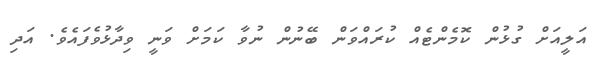
އަލީއަށް ގުޅުން ކޮމެންޓެއް ކުރައްވަން ބޭނުން ނުވާ ކަމަށް ވަނީ ވިދާޅުވެފައެވެ. އަދި